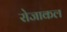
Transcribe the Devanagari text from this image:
रोजाकल